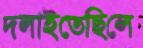
দলাইতেছিলে